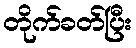
တိုက်ခတ်ပြီး